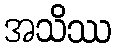
အသိဿ